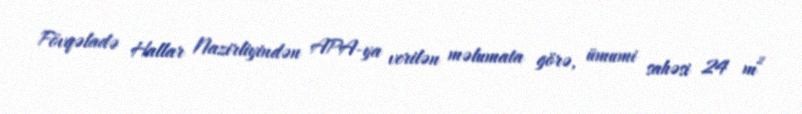
Fövqəladə Hallar Nazirliyindən APA-ya verilən məlumata görə, ümumi sahəsi 24 m²